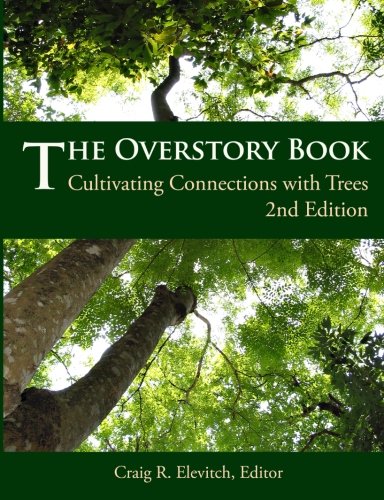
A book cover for The Overstory Book: Cultivating Connections with Trees, 2nd Edition; Craig R. Elevitch; Crafts, Hobbies & Home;